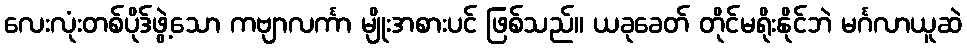
လေးလုံးတစ်ပိုဒ်ဖွဲ့သော ကဗျာလင်္ကာ မျိုးအစားပင် ဖြစ်သည်။ ယခုခေတ် တိုင်မရိုးနိုင်ဘဲ မင်္ဂလာယူဆဲ